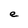
Character: e